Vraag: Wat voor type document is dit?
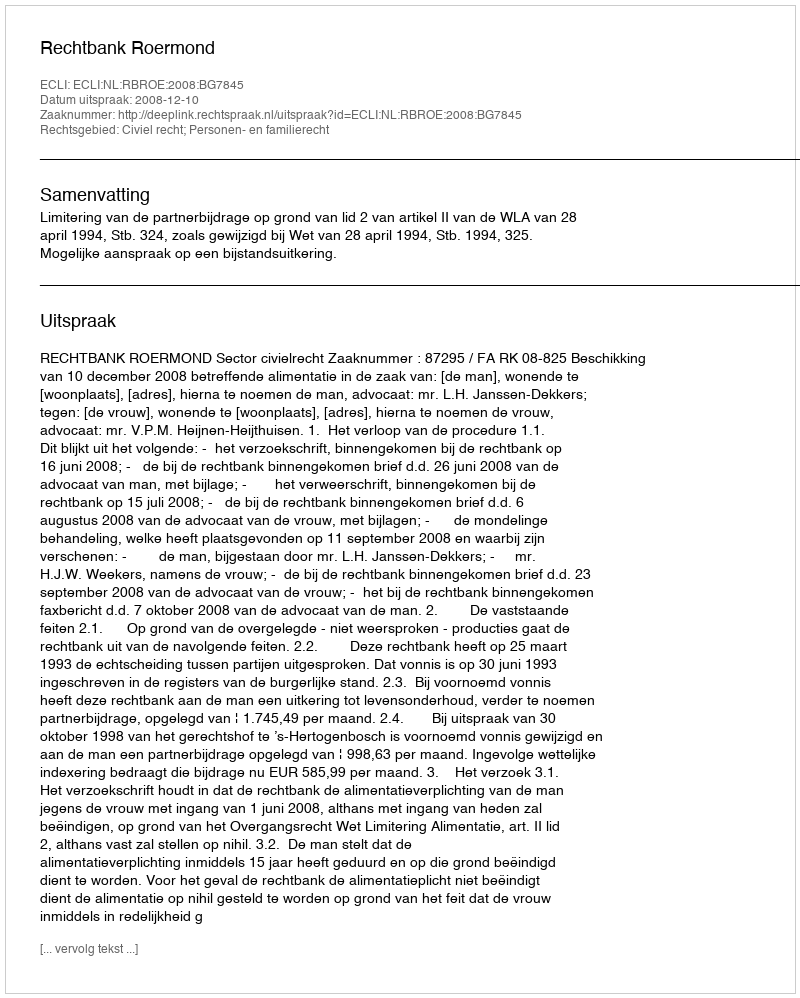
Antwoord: Uitspraak